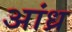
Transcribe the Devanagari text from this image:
अांध्र